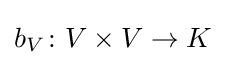
b_{V}\colon V\times V\to K